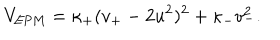
V _ { \mathrm { E P M } } = \kappa _ { + } ( v _ { + } - 2 u ^ { 2 } ) ^ { 2 } + \kappa _ { - } v _ { - } ^ { 2 } .